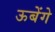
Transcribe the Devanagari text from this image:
ऊबेंगे